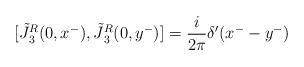
LaTeX: \begin{align*}[\tilde {J} {^{R} _3} (0,x^-) , \tilde {J} {^{R} _3} (0,y^-)] = {i \over 2 \pi} \delta'(x^- - y^-)\end{align*}